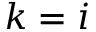
k = i